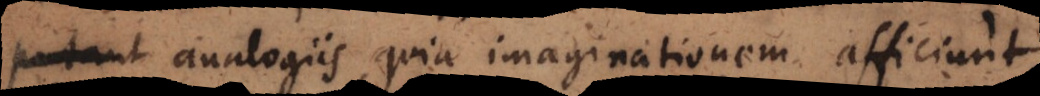
sunt analogiis, quia imaginationem afficiunt,